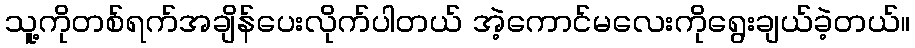
သူ့ကိုတစ်ရက်အချိန်ပေးလိုက်ပါတယ် အဲ့ကောင်မလေးကိုရွေးချယ်ခဲ့တယ်။